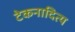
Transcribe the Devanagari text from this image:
टेकनादित्य